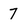
Character: 7